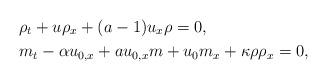
LaTeX: \begin{align*} & \rho_{t} + u\rho_{x} + (a-1)u_{x}\rho = 0, \\ & m_{t} - \alpha u_{0,x} + au_{0,x}m + u_{0}m_{x} + \kappa\rho\rho_{x} = 0,\end{align*}